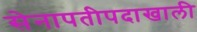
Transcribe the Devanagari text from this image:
सेनापतीपदाखाली